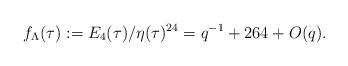
LaTeX: \begin{align*}f_{\Lambda}(\tau):=E_{4}(\tau)/\eta(\tau)^{24}=q^{-1}+264+O(q).\end{align*}